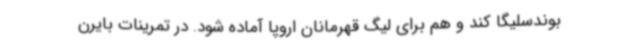
بوندسلیگا کند و هم برای لیگ قهرمانان اروپا آماده شود. در تمرینات بایرن